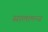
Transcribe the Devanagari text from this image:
सालामन्ज